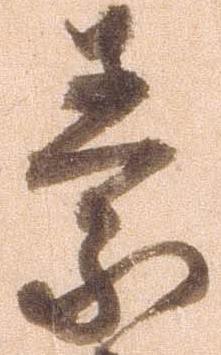
素